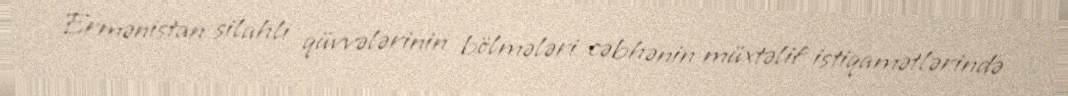
Ermənistan silahlı qüvvələrinin bölmələri cəbhənin müxtəlif istiqamətlərində